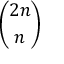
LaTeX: \binom { 2 n } { n }